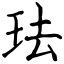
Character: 珐